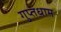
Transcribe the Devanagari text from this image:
गुप्तधाम